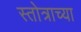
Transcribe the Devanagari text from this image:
स्तोत्राच्या